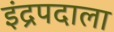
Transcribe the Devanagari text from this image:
इंद्रपदाला